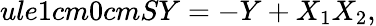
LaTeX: ule{1cm}{0cm}SY=-Y+X_{1}X_{2},